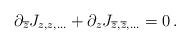
LaTeX: \begin{align*}\partial _{\overline{z}}J_{z,z,...}+\partial _{z}J_{\overline{z},\overline{z},...}=0 \,.\end{align*}